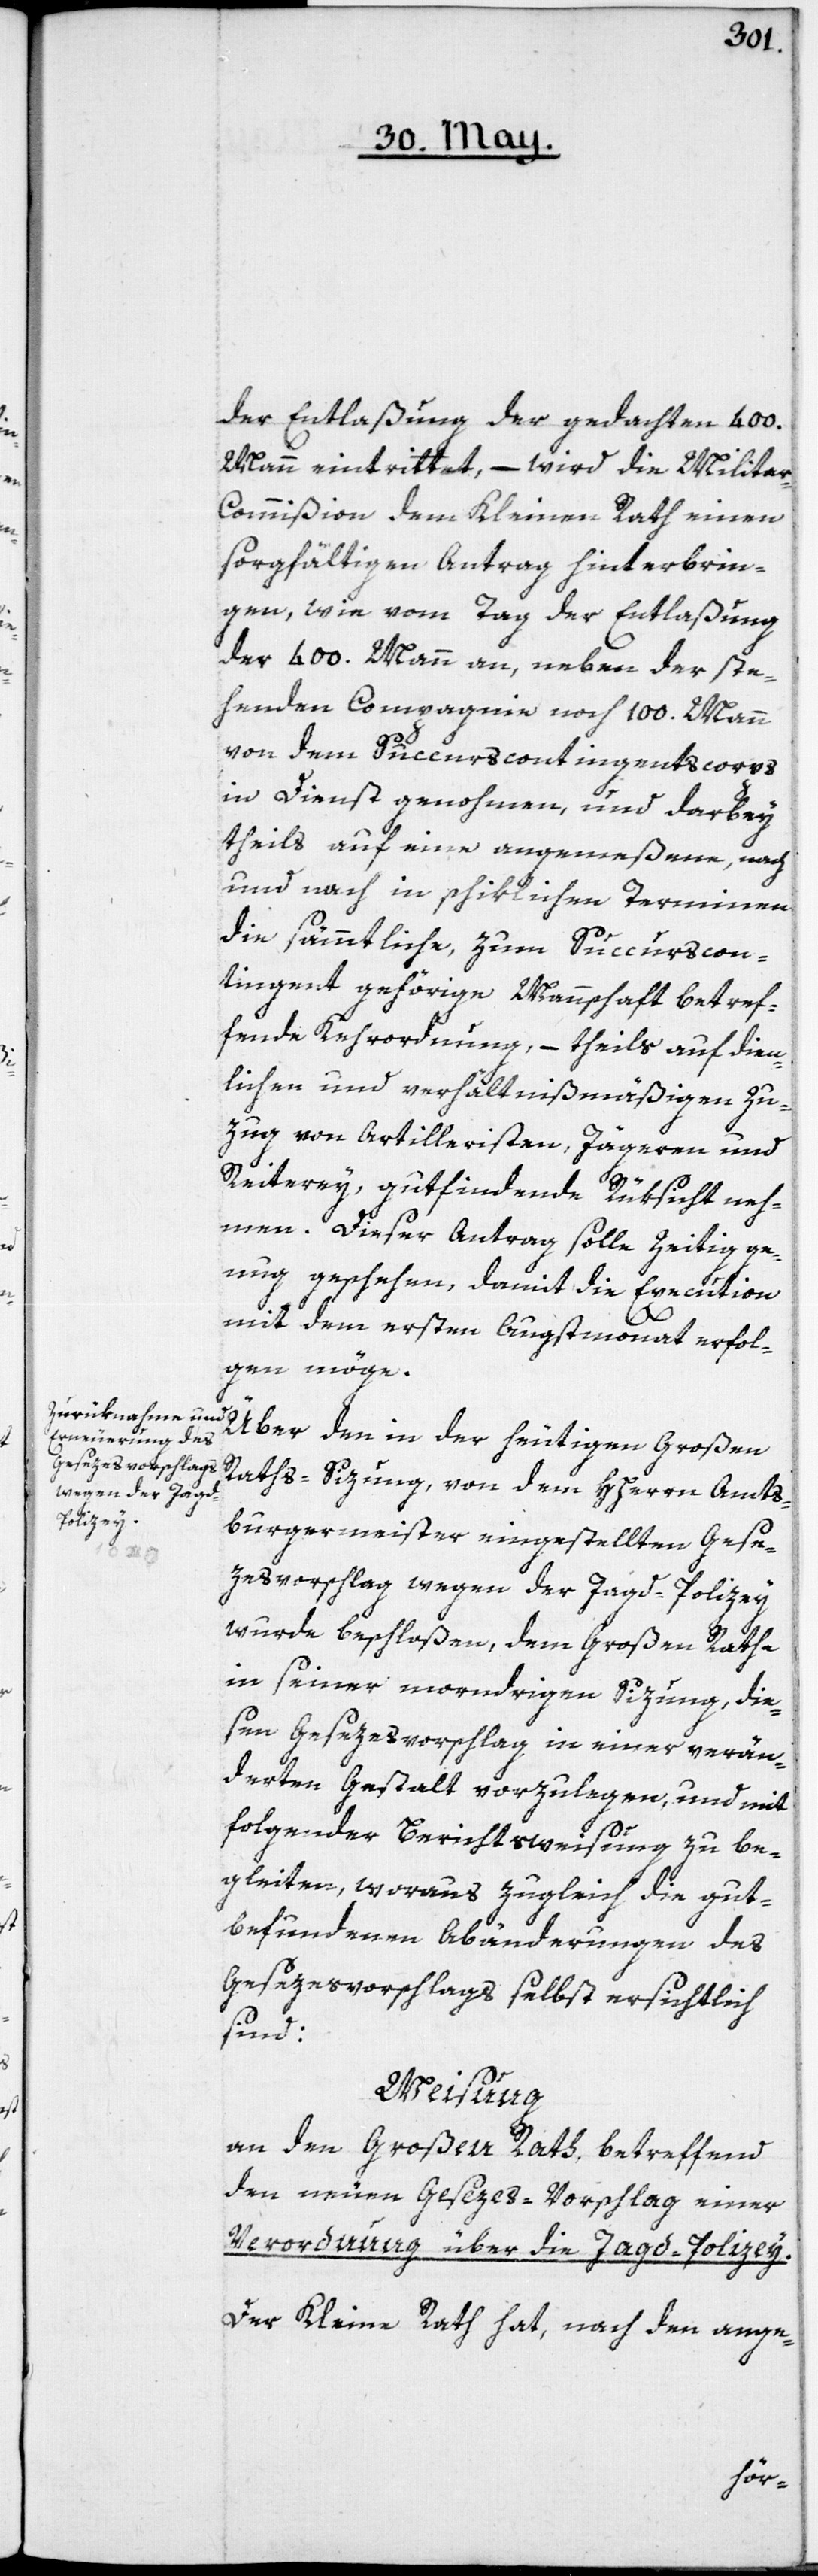
der Entlaßung der gedachten 400.
Mann eintrittet, – wird die Milita¬
r-Commißion dem Kleinen Rath einen
sorgfältigen Antrag hinterbrin¬
gen, wie vom Tag der Entlaßung
der 400. Mann an, neben der ste¬
henden Compagnie noch 100. Mann
von dem Succurscontingentscorps
in Dienst genohmen, und darbey
theils auf eine angemeßene, nach
und nach in schiklichen Terminen
die sämmtliche, zum Succurscon¬
tingent gehörige Mannschaft betref¬
fende Kehrordnung, – theils auf dien¬
lichen und verhältnißmäßigen Zu¬
zug von Artilleristen, Jägeren und
Reiterey, gutfindende Rüksicht neh¬
men. Dieser Antrag solle zeitig ge¬
nug geschehen, damit die Execution
mit dem ersten Augstmonat erfol¬
gen möge.
Raths-Sizung von dem Hherrn Amts¬
burgermeister eingestellten Gese¬
der
zesvorschlag wegen der Jagd-Polizey
wurde beschloßen, dem Großen Rathe
in seiner morndrigen Sizung, die¬
sen Gesezesvorschlag in einer verän¬
derten Gestalt vorzulegen, und mit
folgender Berichtsweisung zu be¬
gleiten, woraus zugleich die gut
befundenen Abänderungen des
Gesezesvorschlags selbst ersichtlich
sind:
Weisung
an den Großen Rath, betreffend
den neuen Gesezes-Vorschlag einer
Verordnung über die Jagd-Polizei.
Der Kleine Rath hat, nach den ange-